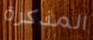
المذكرة